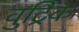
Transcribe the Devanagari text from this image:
वुट्रिक